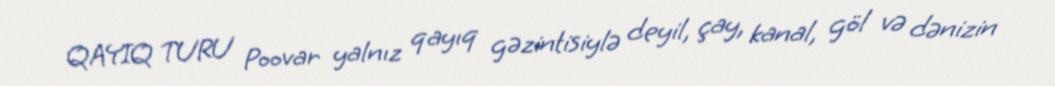
QAYIQ TURU Poovar yalnız qayıq gəzintisiylə deyil, çay, kanal, göl və dənizin